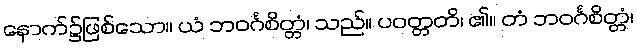
နောက်၌ဖြစ်သော။ ယံ ဘဝင်္ဂစိတ္တံ၊ သည်။ ပဝတ္တတိ၊ ၏။ တံ ဘဝင်္ဂစိတ္တံ၊